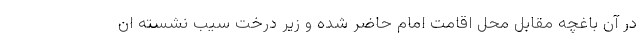
در آن باغچه مقابل محل اقامت امام حاضر شده و زیر درخت سیب نشسته ان